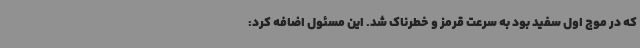
که در موج اول سفید بود به سرعت قرمز و خطرناک شد. این مسئول اضافه کرد: